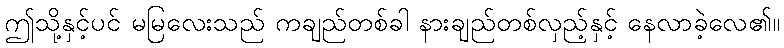
ဤသို့နှင့်ပင် မမြလေးသည် ကချည်တစ်ခါ နားချည်တစ်လှည့်နှင့် နေလာခဲ့လေ၏။